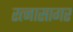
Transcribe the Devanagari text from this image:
रत्नासागर